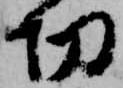
切